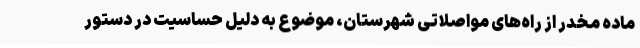
ماده مخدر از راه‌های مواصلاتی شهرستان، موضوع به دلیل حساسیت در دستور